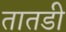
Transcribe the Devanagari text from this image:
तातडी